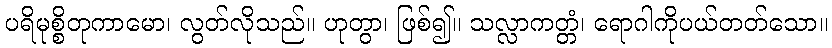
ပရိမုစ္စိတုကာမော၊ လွတ်လိုသည်။ ဟုတွာ၊ ဖြစ်၍။ သလ္လာကတ္တံ၊ ရောဂါကိုပယ်တတ်သော။